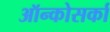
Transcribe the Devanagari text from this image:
ऑन्कोसर्का